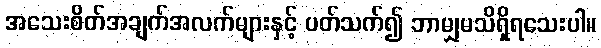
အသေးစိတ်အချက်အလက်များနှင့် ပတ်သက်၍ ဘာမျှမသိရှိရသေးပါ။